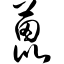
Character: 蓖